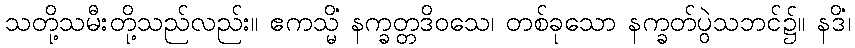
သတို့သမီးတို့သည်လည်း။ ဧကသ္မိံ နက္ခတ္တဒိဝသေ၊ တစ်ခုသော နက္ခတ်ပွဲသဘင်၌။ နဒိံ၊